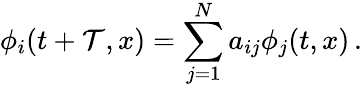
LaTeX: \phi_{i}(t+\mathcal{T},x)=\sum_{j=1}^{N}a_{ij}\phi_{j}(t,x)\, .